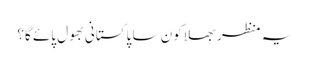
یہ منظر بھلا کون سا پاکستانی بھول پائے گا؟